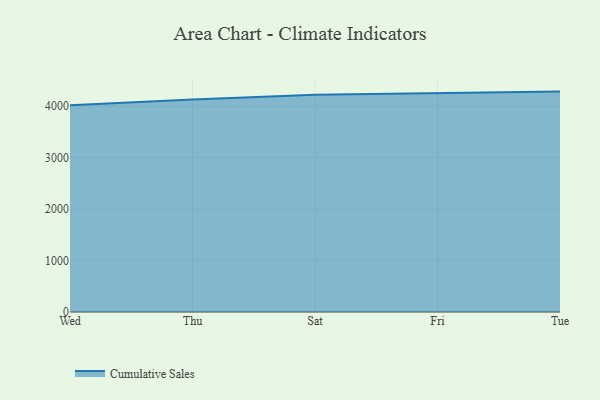
{"axis": {"x": "Day", "y": "Customer Acquisition Cost (USD)"}, "legend": ["Cumulative Sales"], "data": [{"x": "Wed", "y": 4014.2, "type": "Cumulative Sales"}, {"x": "Thu", "y": 4126.1, "type": "Cumulative Sales"}, {"x": "Sat", "y": 4219.0, "type": "Cumulative Sales"}, {"x": "Fri", "y": 4254.5, "type": "Cumulative Sales"}, {"x": "Tue", "y": 4281.8, "type": "Cumulative Sales"}]}